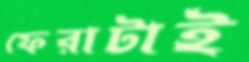
ফেরাটাই